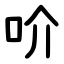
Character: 吤